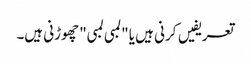
تعریفیں کرنی ہیں یا "لمبی لمبی" چھوڑنی ہیں۔